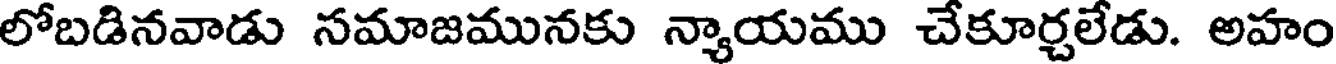
లోబడినవాడు సమాజమునకు న్యాయము చేకూర్చలేడు. అహం